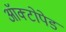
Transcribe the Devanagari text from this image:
ऑक्टोपेड